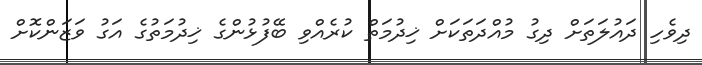
ދިވެހި ދައުލަތަށް ދިގު މުއްދަތަކަށް ޚިދުމަތް ކުރެއްވި ބޭފުޅުންގެ ޚިދުމަތުގެ އަގު ވަޒަންކޮށް